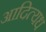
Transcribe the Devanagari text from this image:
आदित्यध